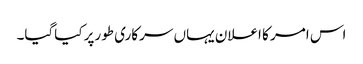
اس امر کا اعلان یہاں سرکاری طورپر کیاگیا۔